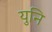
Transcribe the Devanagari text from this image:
युनि